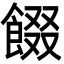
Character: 餟